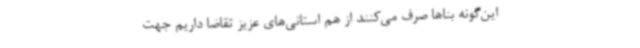
این‌گونه بناها صرف می‌کنند از هم استانی‌های عزیز تقاضا داریم جهت